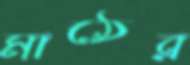
মাঠের